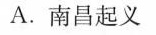
A.南昌起义